King Institute of Preventive Medicine Micro-Biological Section reports 1912-19
Year: 1912
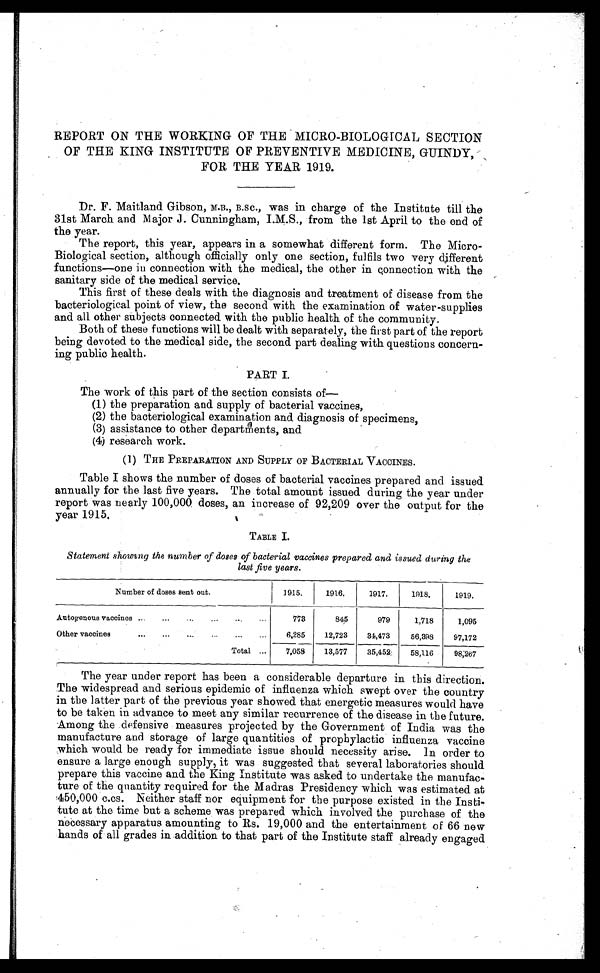
REPORT ON THE WORKING OF THE MICRO-BIOLOGICAL SECTION
OF THE KING INSTITUTE OF PREVENTIVE MEDICINE, GUINDY,
FOR THE YEAR 1919.
Dr. F. Maitland Gibson, M.B., B.SC., was in charge of the Institute till the
31st March and Major J. Cunningham, I.M.S., from the 1st April to the end of
the year.
The report, this year, appears in a somewhat different form. The Micro
-Biological section, although officially only one section, fulfils two very different
functions—one in connection with the medical, the other in connection with the
sanitary side of the medical service.
This first of these deals with the diagnosis and treatment of disease from the
bacteriological point of view, the second with the examination of water-supplies
and all other subjects connected with the public health of the community.
Both of these functions will be dealt with separately, the first part of the report
being devoted to the medical side, the second part dealing with questions concern
-ing public health.
PART I.
The work of this part of the section consists of—
( 1 ) t h e p r e p a r a t i o n a n d s u p p l y o f b a c t e r i a l v a c c i n e s ,
( 2 ) t h e b a c t e r i o l o g i c a l e x a m i n a t i o n a n d d i a g n o s i s o f s p e c i m e n s ,
( 3 ) a s s i s t a n c e t o o t h e r d e p a r t m e n t s , a n d
( 4 ) r e s e a r c h w o r k .
(1) THE PREPARATION AND SUPPLY OF BACTERIAL VACCINES.
Table I shows the number of doses of bacterial vaccines prepared and issued
annually for the last five years. The total amount issued during the year under
report was nearly 100,000 doses, an increase of 92,209 over the output for the
year 1915.
TABLE I.
Statement showing the number of doses of bacterial vaccines prepared and issued during the
last five years.
Number of doses sent out.
1915.
1916.
1917.
1918.
1919.
Autogenous vaccines . . .
773
845
979
1,718
1,095
Other vaccines . . .
6,285
12,723
34,473
56,398
97,172
Total . . .
7,058
13,577
35,452
58,116
98,267
The year under report has been a considerable departure in this direction.
The widespread and serious epidemic of influenza which swept over the country
in the latter part of the previous year showed that energetic measures would have
to be taken in advance to meet any similar recurrence of the disease in the future.
Among the defensive measures projected by the Government of India was the
manufacture and storage of large quantities of prophylactic influenza vaccine
which would be ready for immediate issue should necessity arise. In order to
ensure a large enough supply, it was suggested that several laboratories should
prepare this vaccine and the King Institute was asked to undertake the manufac
- t u r e o f t h e q u a n t i t y r e q u i r e d f o r t h e M a d r a s P r e s i d e n c y w h i c h w a s e s t i m a t e d a t
450,000 c.cs. Neither staff nor equipment for the purpose existed in the Insti-
tute at the time but a scheme was prepared which involved the purchase of the
necessary apparatus amounting to Rs. 19,000 and the entertainment of 66 new
hands of all grades in addition to that part of the Institute staff already engaged